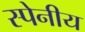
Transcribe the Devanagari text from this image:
स्पेनीय